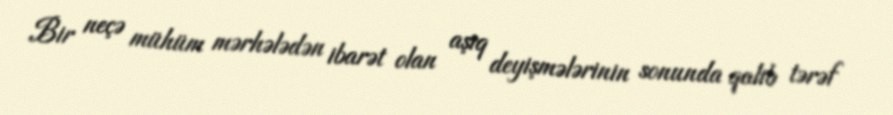
Bir neçə mühüm mərhələdən ibarət olan aşıq deyişmələrinin sonunda qalib tərəf